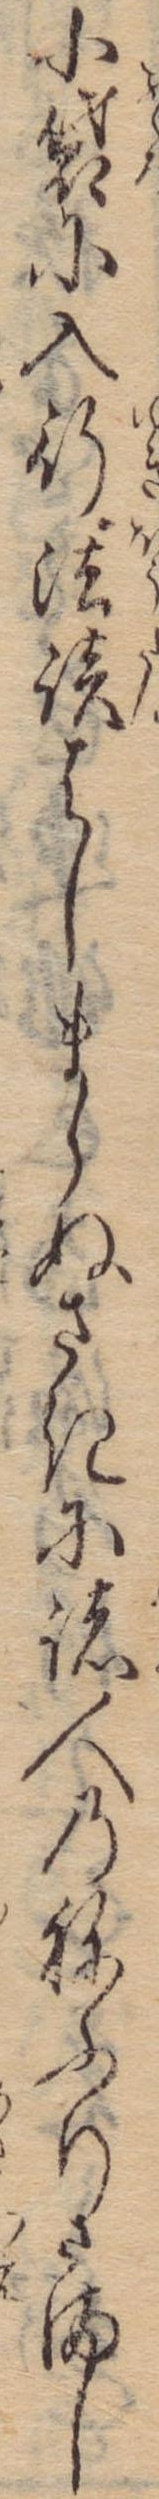
小袋に入行法談はしまらぬさきに諸人のねふりさまし